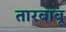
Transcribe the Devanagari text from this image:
तारबाबू